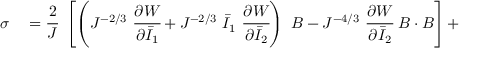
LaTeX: \begin{array} { r l } { { \boldsymbol { \sigma } } } & { { } = { \cfrac { 2 } { J } } ~ \left[ \left( J ^ { - 2 / 3 } ~ { \cfrac { \partial W } { \partial { \bar { I } } _ { 1 } } } + J ^ { - 2 / 3 } ~ { \bar { I } } _ { 1 } ~ { \cfrac { \partial W } { \partial { \bar { I } } _ { 2 } } } \right) ~ { \boldsymbol { B } } - J ^ { - 4 / 3 } ~ { \cfrac { \partial W } { \partial { \bar { I } } _ { 2 } } } ~ { \boldsymbol { B } } \cdot { \boldsymbol { B } } \right] + } \end{array}